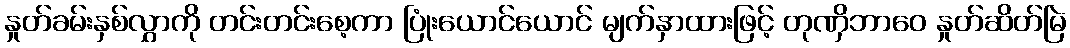
နှုတ်ခမ်းနှစ်လွှာကို တင်းတင်းစေ့ကာ ပြုံးယောင်ယောင် မျက်နှာထားဖြင့် တုဏှိဘာဝေ နှုတ်ဆိတ်မြဲ